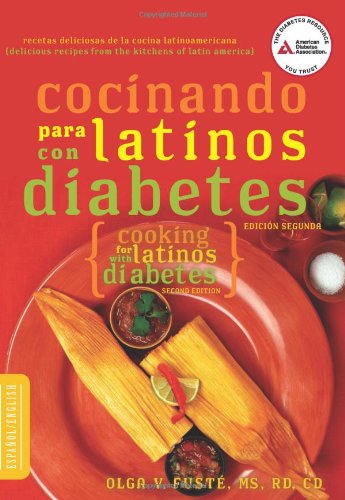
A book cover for Cocinando para Latinos con Diabetes (Cooking for Latinos with Diabetes) (American Diabetes Association Guide to Healthy Restaurant Eating) (English and Spanish Edition); Olga FustÃ© M.S.; Cookbooks, Food & Wine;